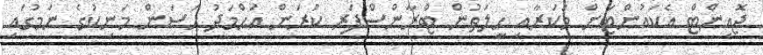
ޖޮއިންޓް އެކައުންޓަށް މަކަރާއި ހީލަތުން ޓްރާންސްފަރ ކުރަން އަޙްމަދު ޙަސަން މަނިކުގެ ނަމުގައި